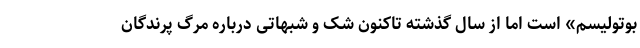
بوتولیسم» است اما از سال گذشته تاکنون شک و شبهاتی درباره مرگ پرندگان